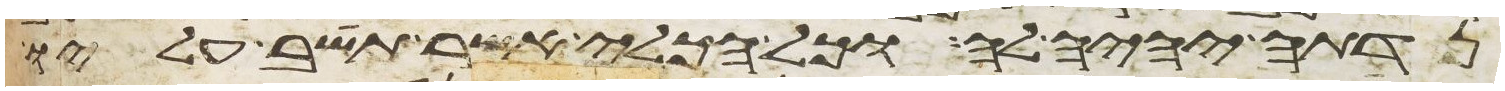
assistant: נדתה יהיה לה וכל הכלי אשר תשב עליו